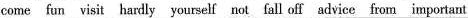
come fun visit hardly yourself not fall off advice from important